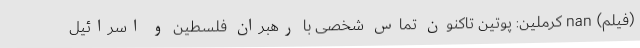
(فیلم) nan کرملین: پوتین تاکنون تماس شخصی با رهبران فلسطین و اسرائیل